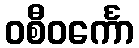
ဝစီဝင်္ကော